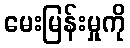
မေးမြန်းမှုကို